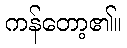
ကန်တော့၏။